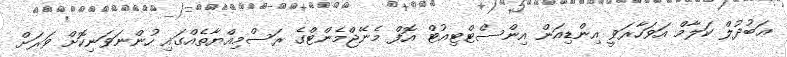
ޢަބުދުލް ކަލާމް އަވަހާރަވީ އިންޑިއަން އިންސްޓްޓިއުޓް އޮފް މެނޭޖްމެންޓްގެ ރަސްމިއްޔާތެއްގައި ހުންނަވަނިކޮށް ވަރަށް